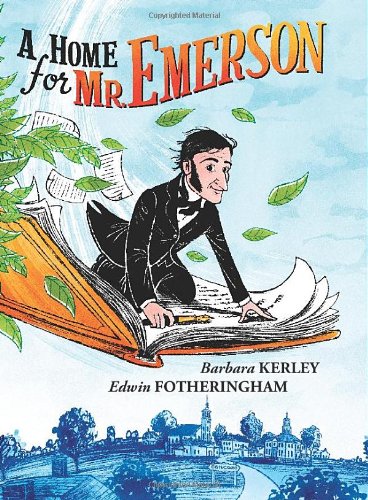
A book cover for A Home for Mr. Emerson; Barbara Kerley; Children's Books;